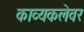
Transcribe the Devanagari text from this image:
काव्यकलेवर